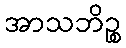
အာသဘိဉ္စ